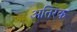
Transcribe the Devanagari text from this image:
अतिरक